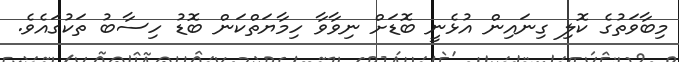
މިބާވަތުގެ ކޮލި ގިނައިން އުޅެނީ ބޮޑަށް ނިވާވާ ހިމާޔަތްކަން ބޮޑު ހިސާބު ތަކުގައެވެ.